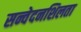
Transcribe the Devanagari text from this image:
सन्वेदनशिलता